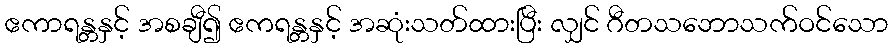
ဧကာရန္တနှင့် အစချီ၍ ဧကရန္တနှင့် အဆုံးသတ်ထားပြီး လျှင် ဂီတသဘောသက်ဝင်သော